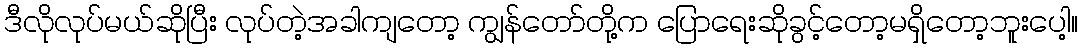
ဒီလိုလုပ်မယ်ဆိုပြီး လုပ်တဲ့အခါကျတော့ ကျွန်တော်တို့က ပြောရေးဆိုခွင့်တော့မရှိတော့ဘူးပေါ့။